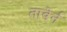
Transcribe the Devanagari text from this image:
तावेर्न